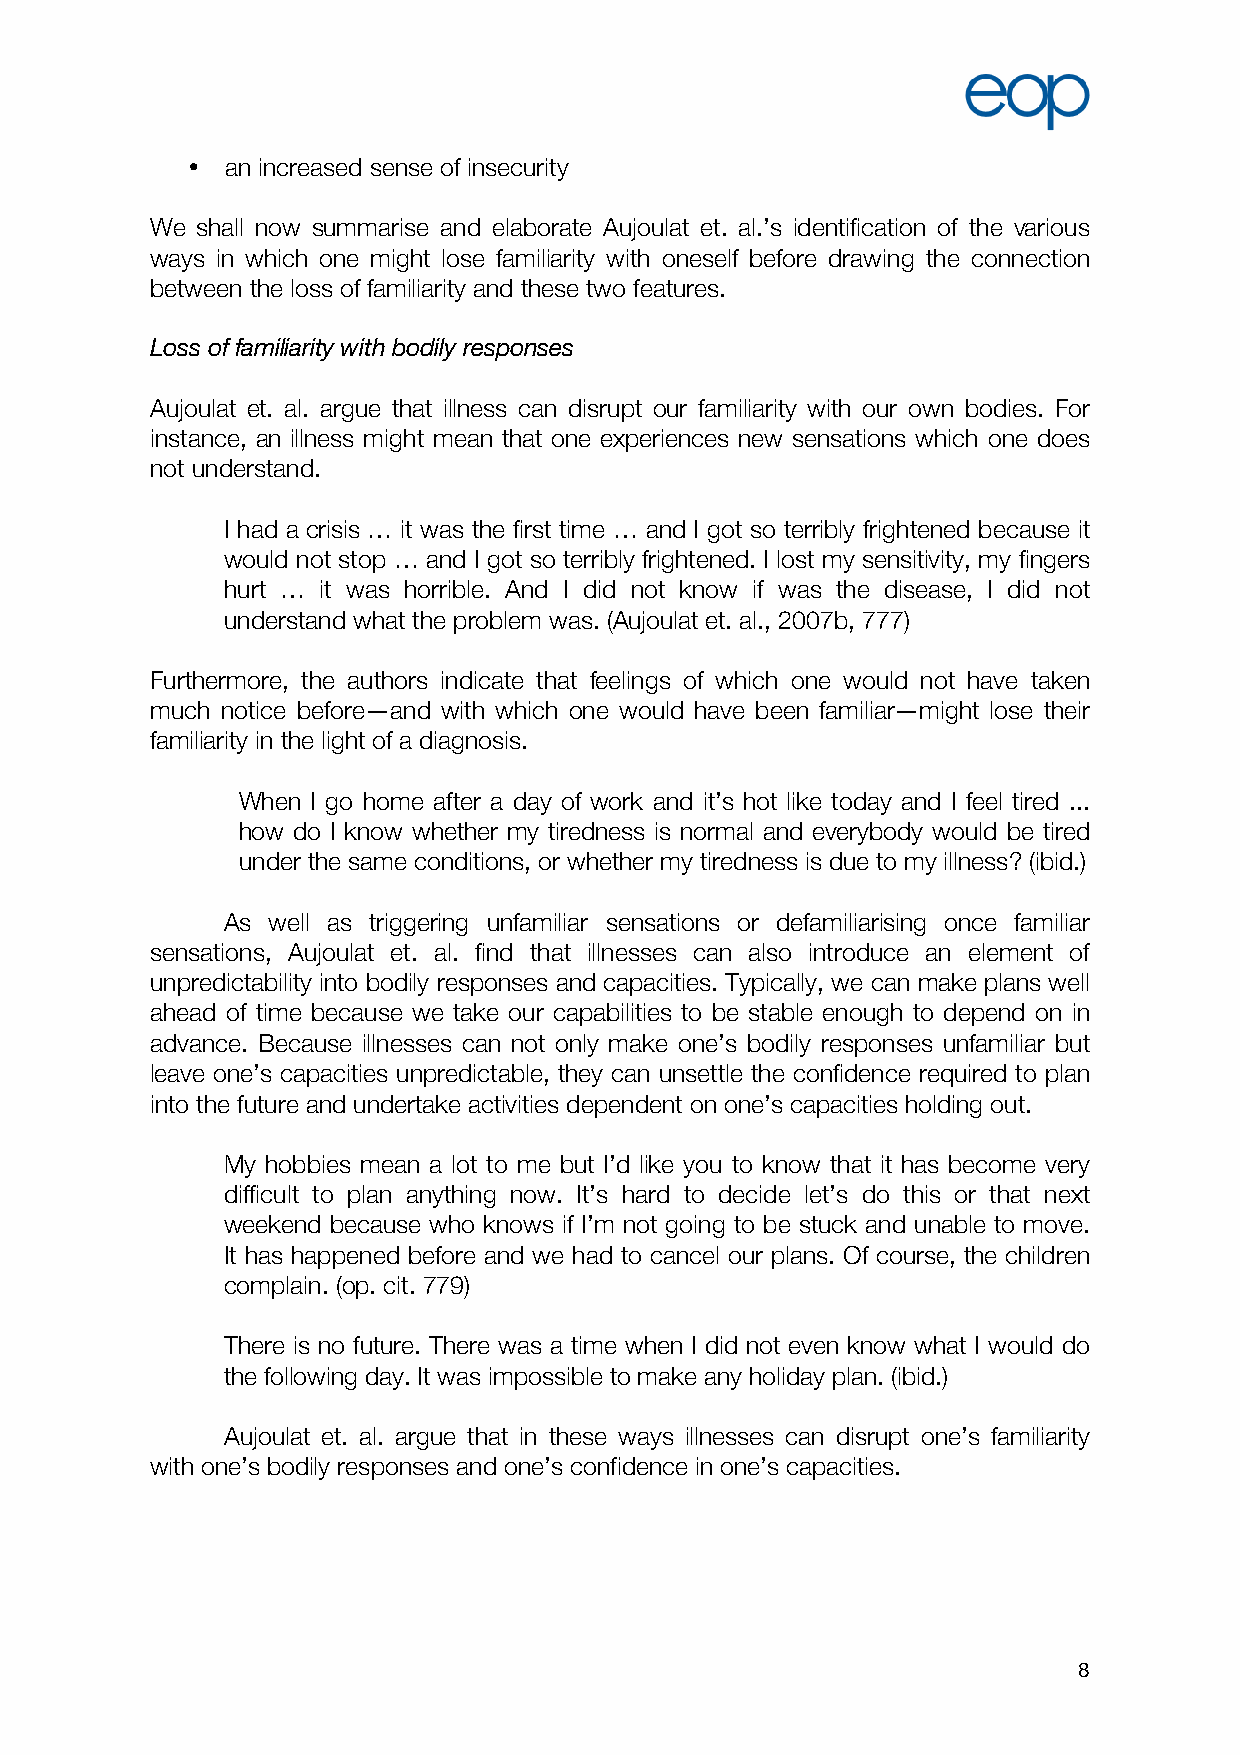
•  an increased sense of insecurity
 We shall now summarise and elaborate Aujoulat et. al.’s identification of the various
 ways in which one might lose familiarity with oneself before drawing the connection
 between the loss of familiarity and these two features.
 Loss of familiarity with bodily responses
 Aujoulat et. al. argue that illness can disrupt our familiarity with our own bodies. For
 instance, an illness might mean that one experiences new sensations which one does
 not understand.
 I had a crisis … it was the first time … and I got so terribly frightened because it
 would not stop … and I got so terribly frightened. I lost my sensitivity, my fingers
 hurt … it was horrible. And I did not know if was the disease, I did not
 understand what the problem was. (Aujoulat et. al., 2007b, 777)
 Furthermore, the authors indicate that feelings of which one would not have taken
 much notice before—and with which one would have been familiar—might lose their
 familiarity in the light of a diagnosis.
 When I go home after a day of work and it’s hot like today and I feel tired ...
 how do I know whether my tiredness is normal and everybody would be tired
 under the same conditions, or whether my tiredness is due to my illness? (ibid.)
 As well as triggering unfamiliar sensations or defamiliarising once familiar
 sensations, Aujoulat et. al. find that illnesses can also introduce an element of
 unpredictability into bodily responses and capacities. Typically, we can make plans well
 ahead of time because we take our capabilities to be stable enough to depend on in
 advance. Because illnesses can not only make one’s bodily responses unfamiliar but
 leave one’s capacities unpredictable, they can unsettle the confidence required to plan
 into the future and undertake activities dependent on one’s capacities holding out.
 My hobbies mean a lot to me but I’d like you to know that it has become very
 difficult to plan anything now. It’s hard to decide let’s do this or that next
 weekend because who knows if I’m not going to be stuck and unable to move.
 It has happened before and we had to cancel our plans. Of course, the children
 complain. (op. cit. 779)
 There is no future. There was a time when I did not even know what I would do
 the following day. It was impossible to make any holiday plan. (ibid.)
 Aujoulat et. al. argue that in these ways illnesses can disrupt one’s familiarity
 with one’s bodily responses and one’s confidence in one’s capacities.
 8